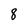
Character: 8